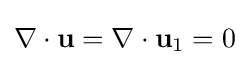
\nabla \cdot \mathbf {u} =\nabla \cdot \mathbf {u} _{1}=0